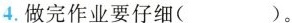
4.做完作业要仔细( )。